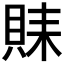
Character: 𲂮